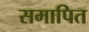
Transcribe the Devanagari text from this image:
समापित